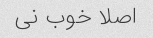
اصلا خوب نی